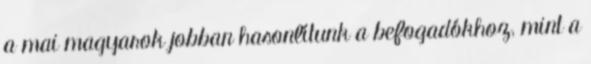
a mai magyarok jobban hasonlítunk a befogadókhoz, mint a